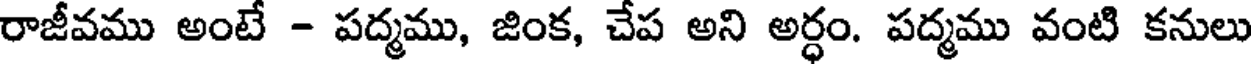
రాజీవము అంటే - పద్మము, జింక, చేప అని అర్ధం. పద్మము వంటి కనులు